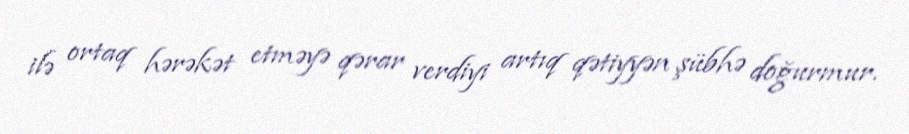
ilə ortaq hərəkət etməyə qərar verdiyi artıq qətiyyən şübhə doğurmur.